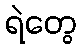
ရဲတွေ